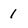
Character: 1